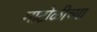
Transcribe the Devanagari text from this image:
माटोळीच्या